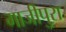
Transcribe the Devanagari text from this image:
गाजीपुरा